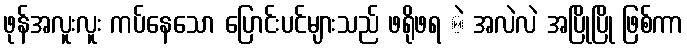
ဖုန်အလူးလူး ကပ်နေသော ပြောင်းပင်များသည် ဖရိုဖရ ဲ အလဲလဲ အပြိုပြို ဖြစ်ကာ